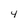
Character: 4